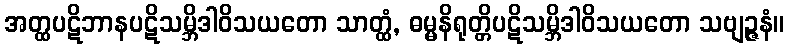
အတ္ထပဋိဘာနပဋိသမ္ဘိဒါဝိသယတော သာတ္ထံ, ဓမ္မနိရုတ္တိပဋိသမ္ဘိဒါဝိသယတော သဗျဉ္ဇနံ။